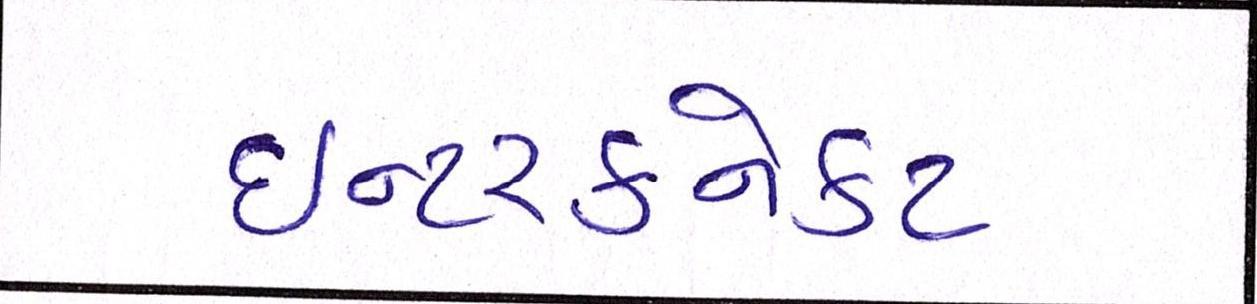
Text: ઈન્ટરકનેકટ